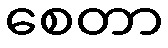
စေတာ